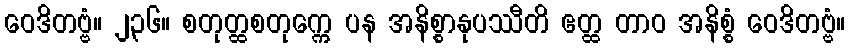
ဝေဒိတဗ္ဗံ။ ၂၃၆။ စတုတ္ထစတုက္ကေ ပန အနိစ္စာနုပဿီတိ ဧတ္ထ တာဝ အနိစ္စံ ဝေဒိတဗ္ဗံ။